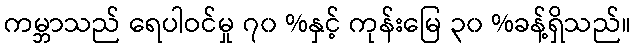
ကမ္ဘာသည် ရေပါဝင်မှု ၇၀ %နှင့် ကုန်းမြေ ၃၀ %ခန့်ရှိသည်။